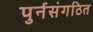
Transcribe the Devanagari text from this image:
पुर्नसंगठित